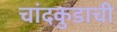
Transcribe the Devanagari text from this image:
चांदकुडाची